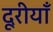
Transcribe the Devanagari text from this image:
दूरीयाँ